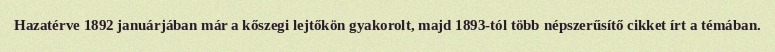
Hazatérve 1892 januárjában már a kőszegi lejtőkön gyakorolt, majd 1893-tól több népszerűsítő cikket írt a témában.